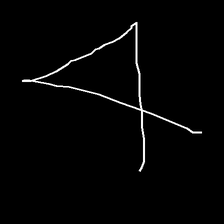
Glyph: collection